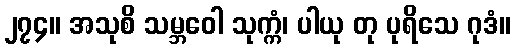
၂၇၄။ အသုစိ သမ္ဘဝေါ သုက္ကံ၊ ပါယု တု ပုရိသေ ဂုဒံ။